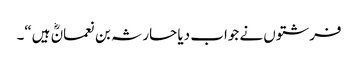
فرشتوں نے جواب دیا حارثہ بن نعمانؓ ہیں“۔